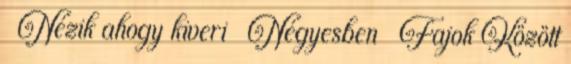
▪ Nézik ahogy kiveri ▪ Négyesben ▪ Fajok Között